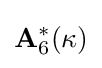
\mathbf {A} _{6}^{\ast }(\kappa )